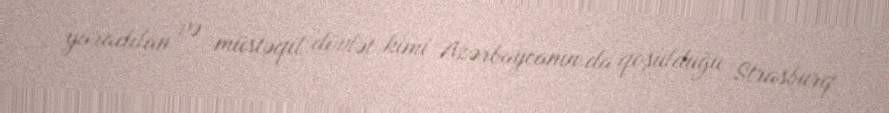
yaradılan və müstəqil dövlət kimi Azərbaycanın da qoşulduğu Strasburq